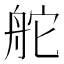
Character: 舵